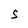
Character: S